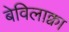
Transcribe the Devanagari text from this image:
बेविलाक्वा